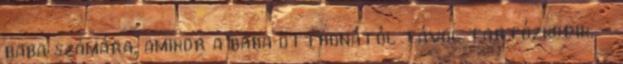
baba számára, amikor a baba otthonától távol tartózkodik. -